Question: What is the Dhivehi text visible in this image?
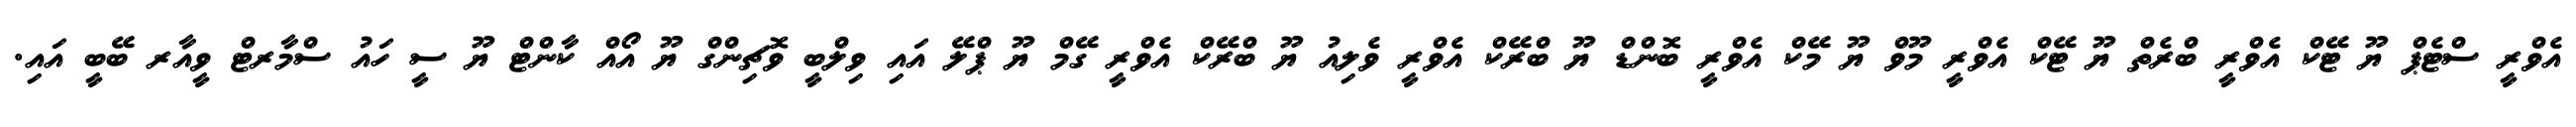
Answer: އެވްރީ ސްޓެޕް ޔޫ ޓޭކް އެވްރީ ބްރެތް ޔޫ ޓޭކް އެވްރީ މޫވް ޔޫ މޭކް އެވްރީ ބޮންޑް ޔޫ ބްރޭކް އެވްރީ ވެލިއު ޔޫ ބްރޭކް އެވްރީ ގޭމް ޔޫ ޕްލޭ އައި ވިލްބީ ވޮޗިންގް ޔޫ އޯއް ކާންޓް ޔޫ ސީ ހައު ސްމާރޓް ވީއާރ ބޭބީ އައި.